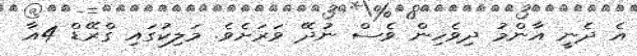
އެ ދެނީ އާންމު ދިވެހިން ވެސް ނުދޭ ވަރަށެވެ. މަލިކުގައި ގްރޭޑް 4އާ